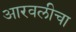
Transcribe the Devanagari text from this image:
आरवलीचा